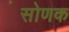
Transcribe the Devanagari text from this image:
सोणक